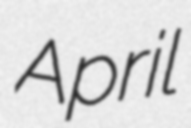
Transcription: April